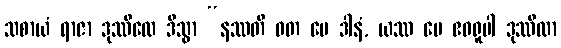
သစာယံ ရာဇာ ဒုဿီလေ ဒိသွာ “နဿတိ ဝတ မေ ဒါနံ, ယဿ မေ ဧဝရူပါ ဒုဿီလာ